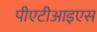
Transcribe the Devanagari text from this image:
पीएटीआइएस